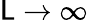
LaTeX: \mathsf{L}\to\infty